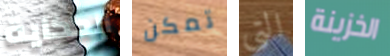
الحكاية تمكن التي الخزينة